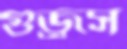
গুজ্‌রস